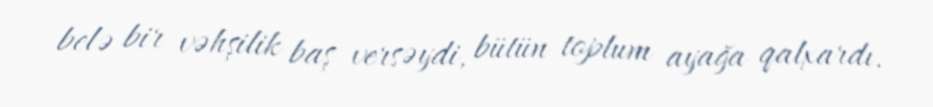
belə bir vəhşilik baş versəydi, bütün toplum ayağa qalxardı.